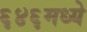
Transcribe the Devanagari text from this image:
६४६मध्ये